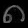
Digit: ၈